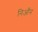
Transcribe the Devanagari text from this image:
निआँन